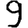
Digit: 9